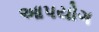
આપયોગ